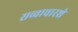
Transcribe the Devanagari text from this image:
सव्वाचारशे